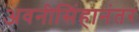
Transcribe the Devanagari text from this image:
अवनीसिंहानंतर